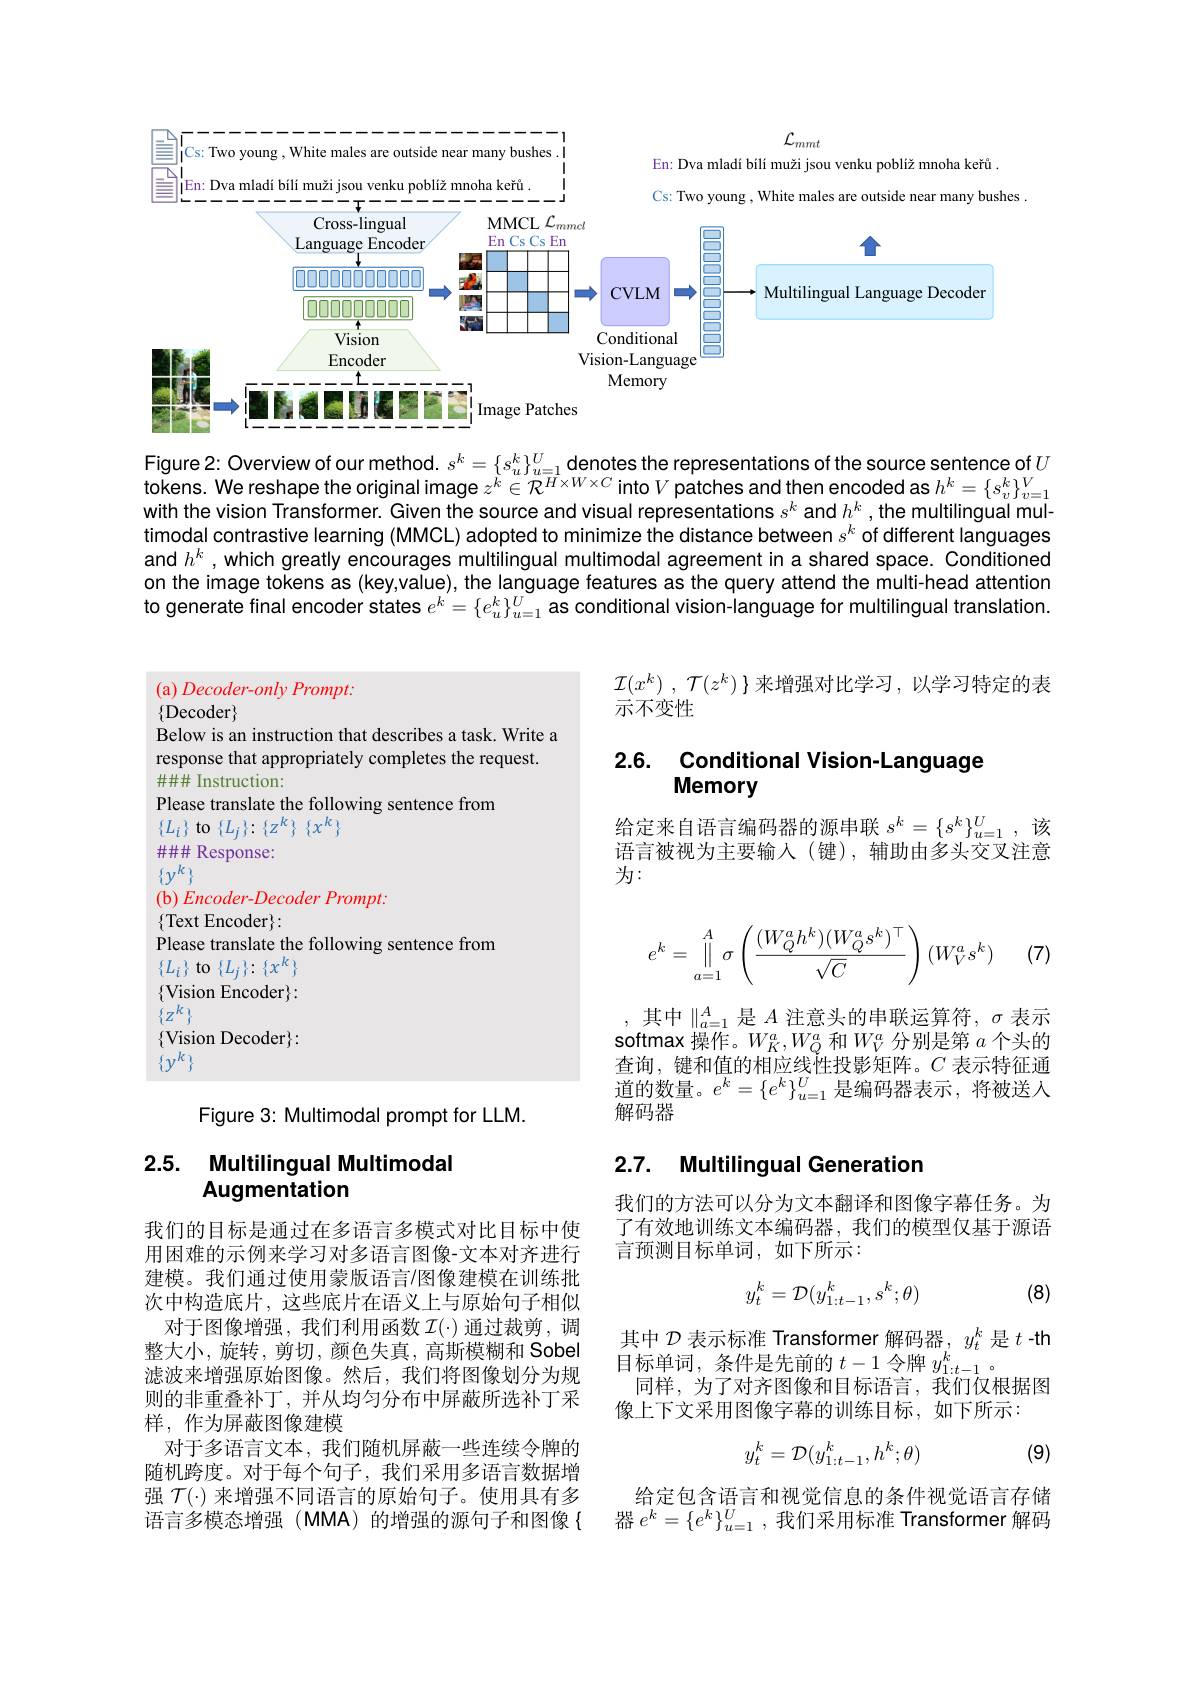
<FigureHere>

Figure 2: Overview of our method. $s^k=\{s_u^k\}_{u=1}^U$ denotes the representations of the source sentence of $U$ tokens. We reshape the original image $z^k\in\mathcal{R}^{H\times W\times C}$ into $V$ patches and then encoded as $h^k=\{s_v^k\}_v=1^V$ with the vision Transformer. Given the source and visual representations $s^k$ and $h^k$, the multilingual multimodal contrastive learning (MMCL) adopted to minimize the distance between $s^k$ of different languages and $h^k$, which greatly encourages multilingual multimodal agreement in a shared space. Conditioned on the image tokens as (key,value), the language features as the query attend the multi-head attention to generate final encoder states $e^k=\{e_u^k\}_{u=1}^U$ as conditional vision-language for multilingual translation.

(a) Decoder-only Prompt:
$\{$Decoder$\}$

Below is an instruction that describes a task. Write a response that appropriately completes the request. #### Instruction:
Please translate the following sentence from
$\{ L_i\} \textbf{ to }\{ L_j\} \nobreak {: } \{ z^k\}$ $\{ x^k\}$
#### Response:
$\{y^k\}$
(b) Encoder-Decoder Prompt:
$\{$Text Encoder$\}:$
Please translate the following sentence from
$\{ L_i\} \textbf{to}\{ L_j\} : \{ x^k\}$ $\{$Vision Encoder$\}:$ $\{Z^k\}$
$\{$Vision Decoder$\}:$
$\{y^k\}$

Figure 3: Multimodal prompt for LLM.

## 2.5. Multilingual Multimodal Augmentation

我们的目标是通过在多语言多模式对比目标中使用困难的示例来学习对多语言图像-文本对齐进行建模。我们通过使用蒙版语言/图像建模在训练批次中构造底片，这些底片在语义上与原始句子相似
对于图像增强，我们利用函数$\mathcal{I}(\cdot)$通过裁剪，调整大小，旋转，剪切，颜色失真，高斯模糊和 Sobel 滤波来增强原始图像。然后，我们将图像划分为规则的非重叠补丁，并从均匀分布中屏蔽所选补丁采样，作为屏蔽图像建模
对于多语言文本，我们随机屏蔽一些连续令牌的随机跨度。对于每个句子，我们采用多语言数据增强$\mathcal{T}(\cdot)$来增强不同语言的原始句子。使用具有多语言多模态增强(MMA)的增强的源句子和图像{

$\mathcal{I} ( x^k)$ , $\mathcal{T} ( z^k)$ $\}$来增强对比学习 , 以学习特定的表
示不变性

### 2.6. Conditional Vision-Language Memory

给定来自语言编码器的源串联$s^k=\{s^k\}_{u=1}^U$,该语言被视为主要输入(键),辅助由多头交叉注意为：
$$e^k=\prod\limits_{a=1}^A\sigma\left(\frac{(W_Q^ah^k)(W_Q^as^k)^\top}{\sqrt{C}}\right)(W_V^as^k)\quad(7)$$
,其中$\|_a=1^A$是$A$注意头的串联运算符$,\sigma$表示$\begin{array}{l}\text{查询，键和值的相应线性投影矩阵。}C\text{ 表示特征通}\\\text{道的数量。}e^k=\{e^k\}_{u=1}^U\text{ 是编码器表示，将被送入}\\\text{解而 映}\end{array}$ 解码器

### 2.7. Multilingual Generatior

我们的方法可以分为文本翻译和图像字幕任务。为了有效地训练文本编码器，我们的模型仅基于源语言预测目标单词，如下所示：
$$y_t^k=\mathcal{D}(y_{1:t-1}^k,s^k;\theta)$$
(8)

其中$\mathcal{D}$表示标准 Transformer 解码器，$y_t^k$是$t$ -th
目标单词，条件是先前的$t-1$令牌$y_{1:t-1}^k$。
同样，为了对齐图像和目标语言，我们仅根据图
像上下文采用图像字幕的训练目标，如下所示：

(9)
$$y_t^k=\mathcal{D}(y_{1:t-1}^k,h^k;\theta)$$
给定包含语言和视觉信息的条件视觉语言存储器$e^k=\{e^k\}_{u=1}^U$,我们采用标准 Transformer 解码